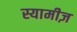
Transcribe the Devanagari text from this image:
स्यामीज़